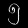
Digit: ၅